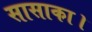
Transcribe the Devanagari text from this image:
सासाका।